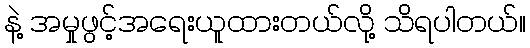
နဲ့ အမှုဖွင့်အရေးယူထားတယ်လို့ သိရပါတယ်။